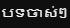
បទចាស់ៗ